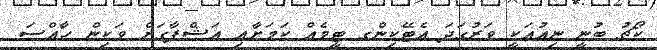
ކޯޗު ބުނީ ނިއުއަކީ ވަރުގަދަ އެޓޭކިންގ ޓީމެއް ކަމަށާއި އަޝްފާގަށް ވަކިން ހާއްސަ